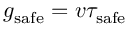
g _ { \mathrm { s a f e } } = v \tau _ { \mathrm { s a f e } }